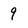
Character: 9